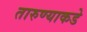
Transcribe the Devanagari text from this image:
तारुण्याकडे